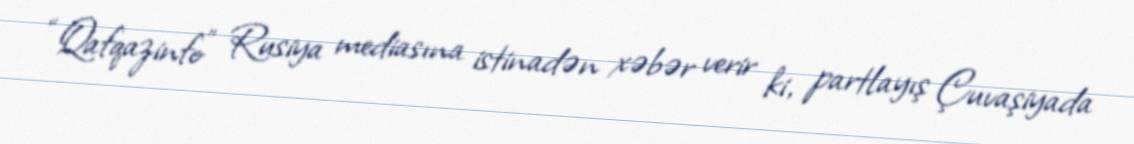
“Qafqazinfo” Rusiya mediasına istinadən xəbər verir ki, partlayış Çuvaşiyada